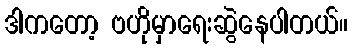
ဒါကတော့ ဗဟိုမှာရေးဆွဲနေပါတယ်။